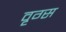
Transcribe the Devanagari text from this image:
वृग्स